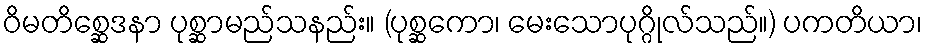
ဝိမတိစ္ဆေဒနာ ပုစ္ဆာမည်သနည်း။ (ပုစ္ဆကော၊ မေးသောပုဂ္ဂိုလ်သည်။) ပကတိယာ၊